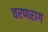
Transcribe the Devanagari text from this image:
चरणराग